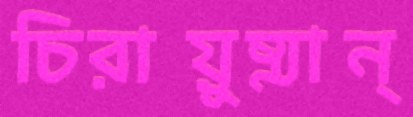
চিরায়ুষ্মান্‌